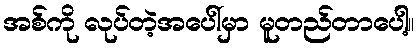
အစ်ကို လုပ်တဲ့အပေါ်မှာ မူတည်တာပေါ့။